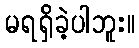
မရရှိခဲ့ပါဘူး။